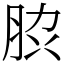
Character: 䏮